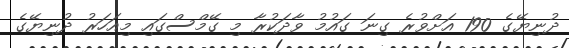
ދުނިޔޭގެ 190 އަށްވުރެ ގިނަ ގައުމު ވާދަކުރާ މި ގޭމްސްގައި މިއަހަރު ދުނިޔޭގެ